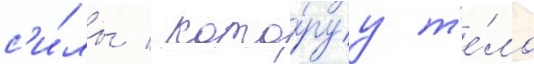
с'и́лы / кото́руу т'е́ло